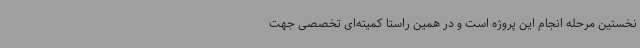
نخستین مرحله انجام این پروژه است و در همین راستا کمیته‌ای تخصصی جهت